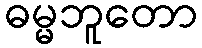
ဓမ္မဘူတော